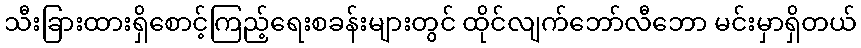
သီးခြားထားရှိစောင့်ကြည့်ရေးစခန်းများတွင် ထိုင်လျက်ဘော်လီဘော မင်းမှာရှိတယ်